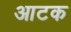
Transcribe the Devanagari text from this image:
आटक